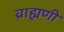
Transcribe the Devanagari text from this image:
व्राह्मणी